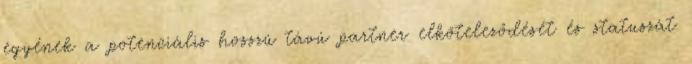
egyének a potenciális hosszú távú partner elköteleződését és statuszát